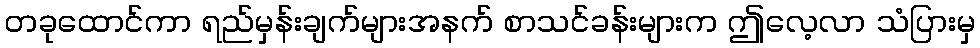
တခုထောင်ကာ ရည်မှန်းချက်များအနက် စာသင်ခန်းများက ဤလေ့လာ သံပြားမှ